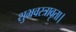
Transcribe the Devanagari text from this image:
शुभ्रवस्त्रावृता।